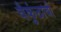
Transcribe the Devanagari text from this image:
वैकुंठाची